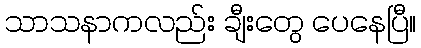
သာသနာကလည်း ချီးတွေ ပေနေပြီ။